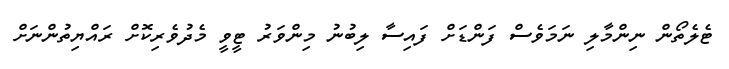
ޓެލެތޯން ނިންމާލި ނަމަވެސް ފަންޑަށް ފައިސާ ލިބުނު މިންވަރު ޓީވީ މެދުވެރިކޮށް ރައްޔިތުންނަށް